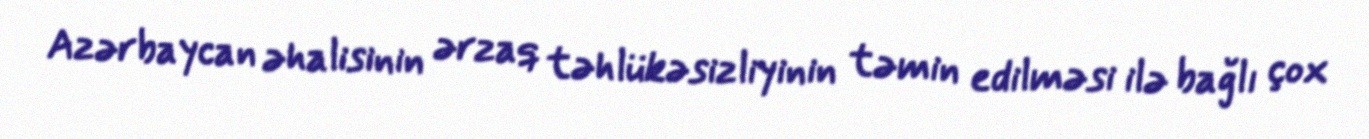
Azərbaycan əhalisinin ərzaq təhlükəsizliyinin təmin edilməsi ilə bağlı çox